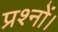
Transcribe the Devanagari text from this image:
प्रश्नों।